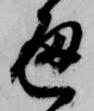
通